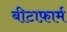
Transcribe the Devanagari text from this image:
बीटाफ़ार्म